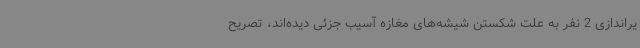
یراندازی 2 نفر به علت شکستن شیشه‌های مغازه آسیب جزئی دیده‌اند، تصریح